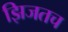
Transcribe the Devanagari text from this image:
झिजतच